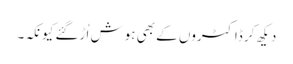
دیکھ کر ڈاکٹروں کے بھی ہوش اُڑگئے کیونکہ۔